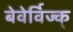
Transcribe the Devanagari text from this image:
बेवेर्विज्क्